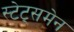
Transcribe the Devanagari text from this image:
स्‍टेट्समेन